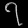
Digit: ၇